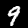
Label: 9